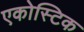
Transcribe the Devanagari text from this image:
एकोस्टिक